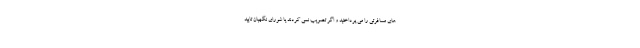
های مسافرتی را می پرداختید و اگر تصویب نمی کردند یا شورای نگهبان تایید